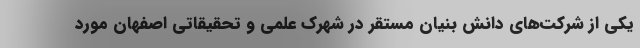
یکی از شرکت‌های دانش بنیان مستقر در شهرک علمی و تحقیقاتی اصفهان مورد